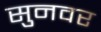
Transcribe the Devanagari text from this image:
सुनवर